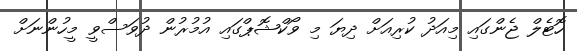
ހޮޓެލް ޖެންގައި މިއަދު ކުރިއަށް ދިޔަ މި ވޯކްޝޮޕްގައި އުމުރުން ދުވަސްވީ މީހުންނަށް